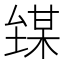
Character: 𪤘